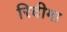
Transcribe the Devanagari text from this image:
रिदीमा